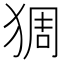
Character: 𱮅